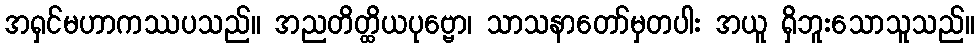
အရှင်မဟာကဿပသည်။ အညတိတ္ထိယပုဗ္ဗော၊ သာသနာတော်မှတပါး အယူ ရှိဘူးသောသူသည်။